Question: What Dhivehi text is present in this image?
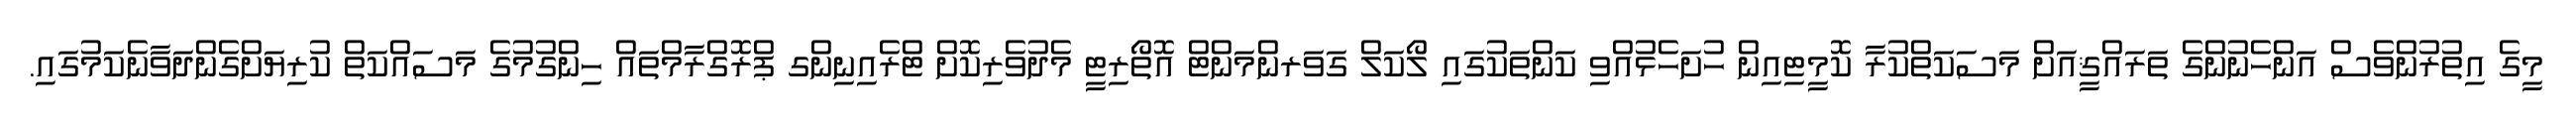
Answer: މީގެ އިތުރުންވެސް އަންހެނުންގެ ތަރައްޤީއަށް މަސަކަތްކުރާ ކޮމީޓިއިން ހުށަހެޅުއްވި ކަންތަކުގައި ލޯކަލް ގަވަރންމަންޓް އޮތޯރިޓީ މެދުވެރިކޮށް ޓްރެއިނިންގ ޕްރޮގްރާމްތައް ހިންގުމުގެ މަސައްކަތް ކުރިޔަށްގެންދަވާނެކަމުގައި.